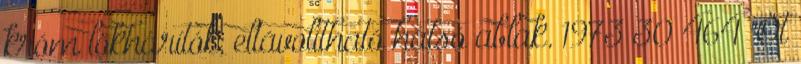
króm lökhárítók; eltávolítható hátsó ablak. 1973 30 464 "Öt